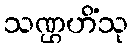
သဏ္ဌဟိံသု